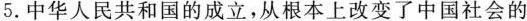
5.中华人民共和国的成立，从根本上改变了中国社会的